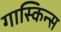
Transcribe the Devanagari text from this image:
गास्किन्स